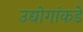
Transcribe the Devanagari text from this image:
उद्योगांकडे